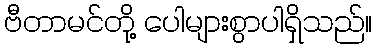
ဗီတာမင်တို့ ပေါများစွာပါရှိသည်။